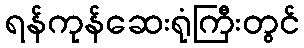
ရန်ကုန်ဆေးရုံကြီးတွင်